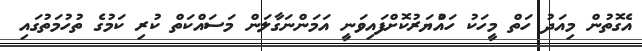
އެގޮތުން މިއަދު ހަތް މީހަކު ހައްުޔަރުކޮށްފައިވަނީ އަމަންނަގާލަން މަސައްކަތް ކުރި ކަމުގެ ތުހުމަތުގައި